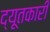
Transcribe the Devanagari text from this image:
द्यूतकारी